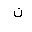
Letter: _non